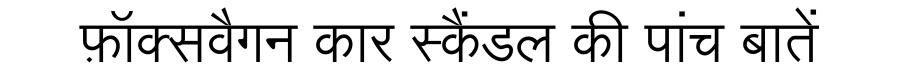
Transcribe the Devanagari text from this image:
फ़ॉक्सवैगन कार स्कैंडल की पांच बातें